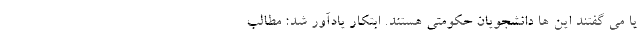
یا می گفتند این ها دانشجویان حکومتی هستند. ابتکار یادآور شد: مطالب